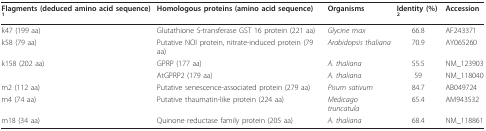
<table><thead><tr><td><b>Flagments (deduced amino acid sequence)<sup>1</sup></b></td><td><b>Homologous proteins (amino acid sequence)</b></td><td><b>Organisms</b></td><td><b>Identity (%)<sup>2</sup></b></td><td><b>Accession</b></td></tr></thead><tbody><tr><td>k47 (199 aa)</td><td>Glutathione S-transferase GST 16 protein (221 aa)</td><td><i>Glycine max</i></td><td>66.8</td><td>AF243371</td></tr><tr><td>k58 (79 aa)</td><td>Putative NOI protein, nitrate-induced protein (79 aa)</td><td><i>Arabidopsis thaliana </i></td><td>70.9</td><td>AY065260</td></tr><tr><td>k158 (202 aa)</td><td>GPRP (177 aa)</td><td><i>A. thaliana</i></td><td>55.5</td><td>NM_123903</td></tr><tr><td></td><td>AtGPRP2 (179 aa)</td><td><i>A. thaliana</i></td><td>59</td><td>NM_118040</td></tr><tr><td>m2 (112 aa)</td><td>Putative senescence-associated protein (279 aa)</td><td><i>Pisum sativum</i></td><td>84.7</td><td>AB049724</td></tr><tr><td>m4 (74 aa)</td><td>Putative thaumatin-like protein (224 aa)</td><td><i>Medicago truncatula</i></td><td>65.4</td><td>AM943532</td></tr><tr><td>m18 (34 aa)</td><td>Quinone reductase family protein (205 aa)</td><td><i>A. thaliana </i></td><td>68.4</td><td>NM_118861</td></tr></tbody></table>